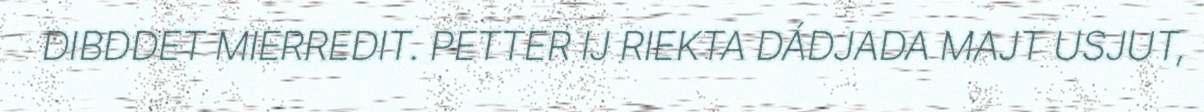
DIBDDET MIERREDIT. PETTER IJ RIEKTA DÁDJADA MAJT USJUT,